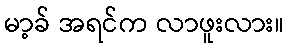
မာ့ခ် အရင်က လာဖူးလား။